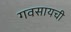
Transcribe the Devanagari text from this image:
गवसायची